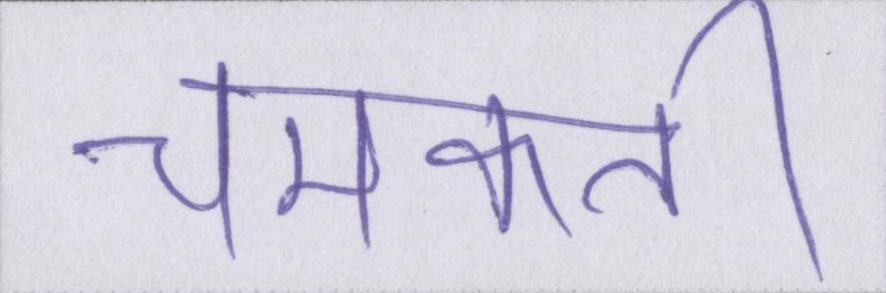
चमकती